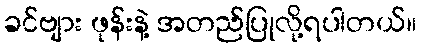
ခင်ဗျား ဖုန်းနဲ့ အတည်ပြုလို့ရပါတယ်။